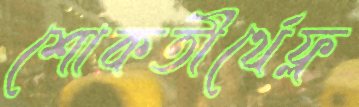
শোকতীর্থেফ্ল